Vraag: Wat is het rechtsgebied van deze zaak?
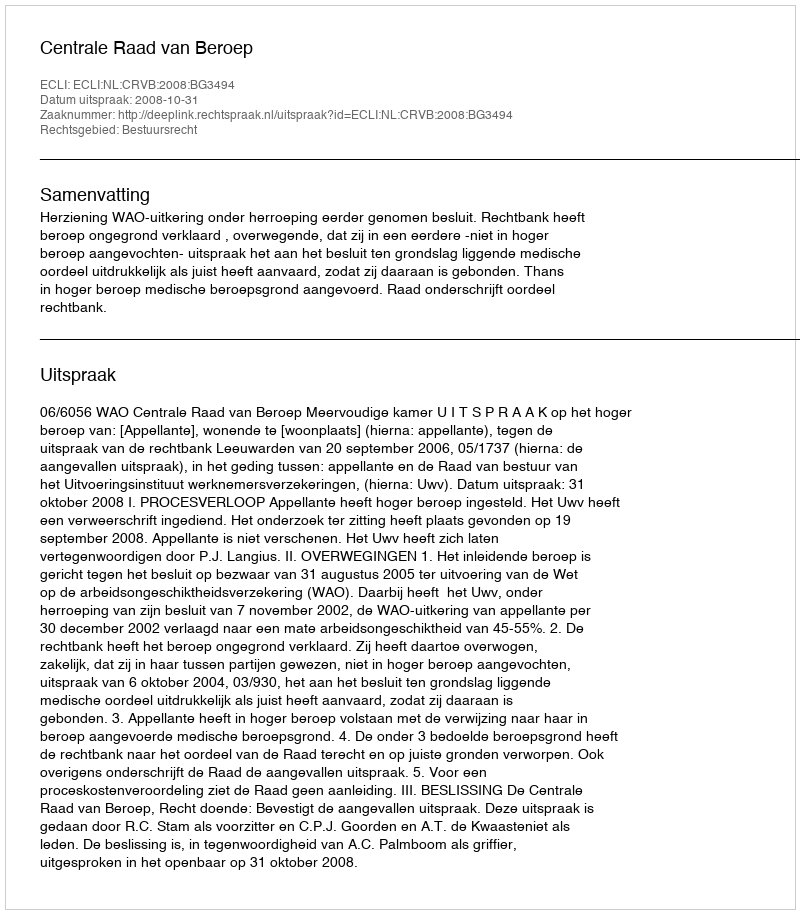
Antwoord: Bestuursrecht